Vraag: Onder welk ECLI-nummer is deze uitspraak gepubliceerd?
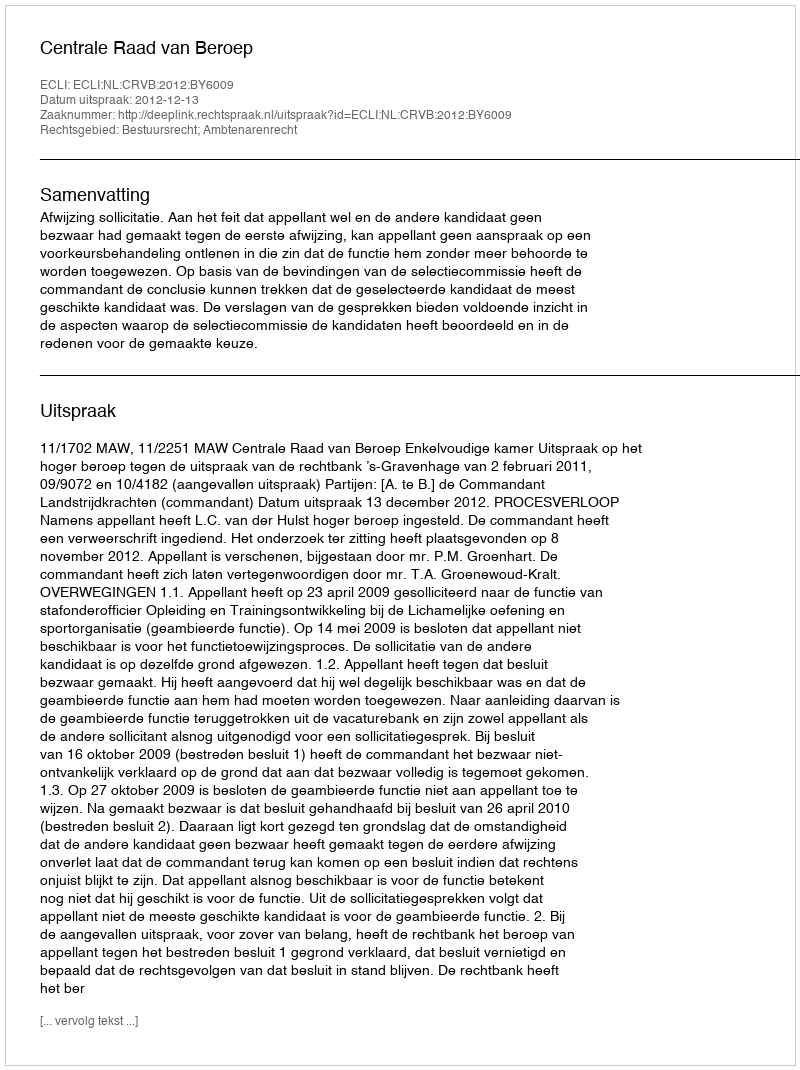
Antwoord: ECLI:NL:CRVB:2012:BY6009